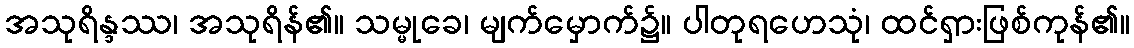
အသုရိန္ဒဿ၊ အသုရိန်၏။ သမ္မုခေ၊ မျက်မှောက်၌။ ပါတုရဟေသုံ၊ ထင်ရှားဖြစ်ကုန်၏။